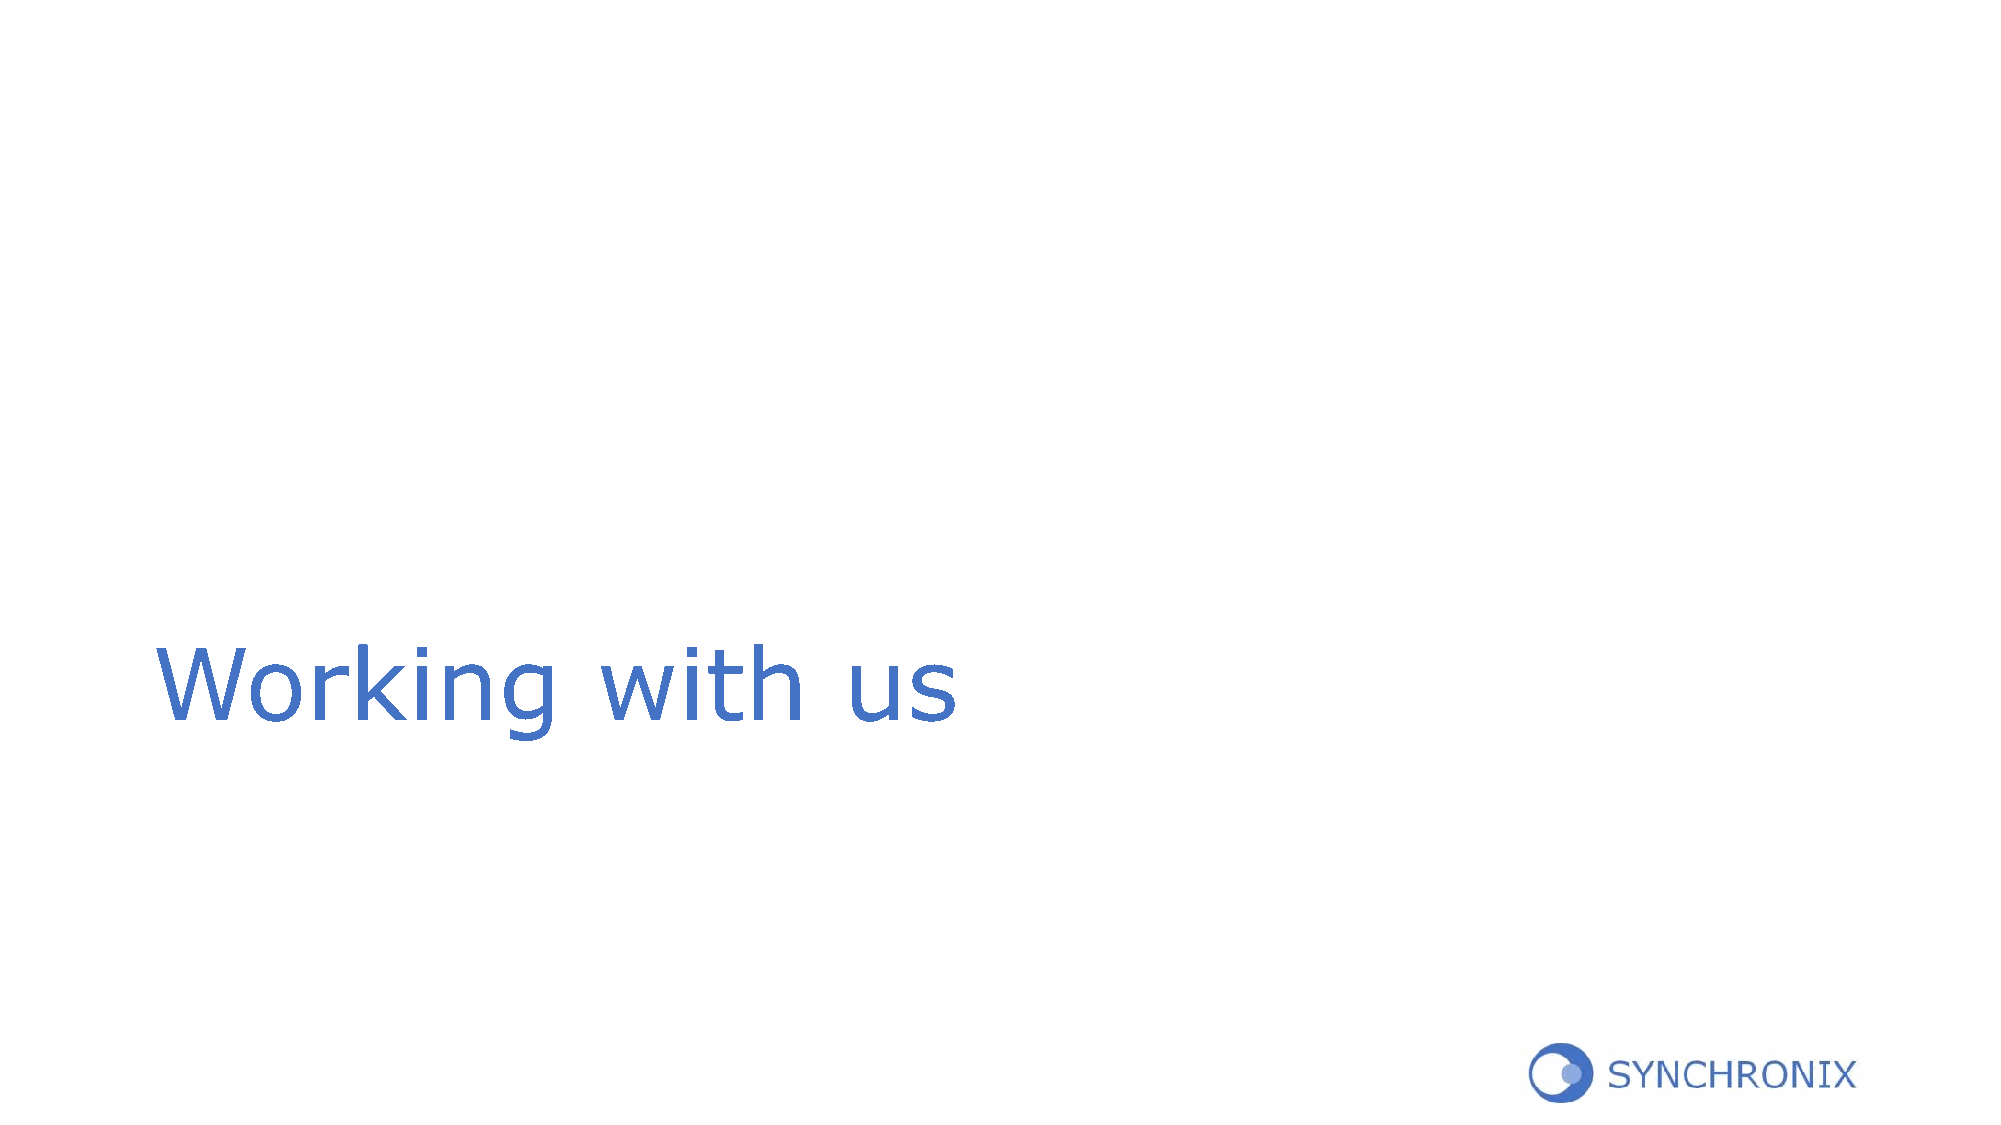
Working                      with             us